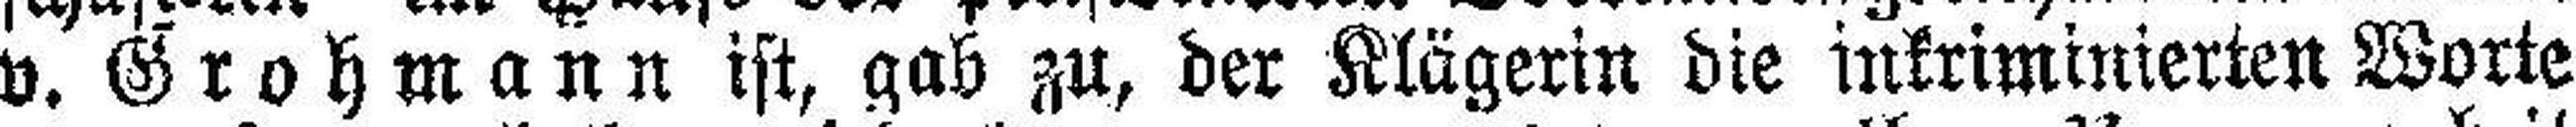
v. Grohmann ist, gab zu, der Klägerin die inkriminierten Worte